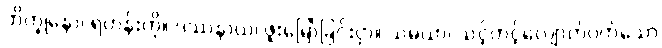
ဘိက္ခုနော၊ ရဟန်းကို။ ဒဿနာယ၊ ဖူးမြော်ခြင်းငှာ။ သမယာ၊ သင့်တင့်လျောက်ပတ်သော